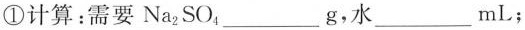
①计算：需要Na_{2}SO_{4}___g，水___ml；